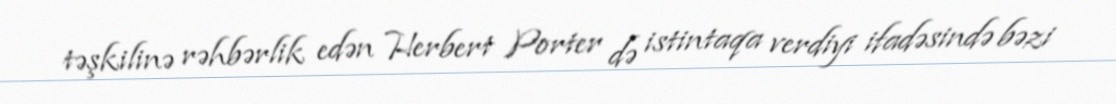
təşkilinə rəhbərlik edən Herbert Porter də istintaqa verdiyi ifadəsində bəzi